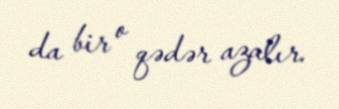
da bir o qədər azalır.